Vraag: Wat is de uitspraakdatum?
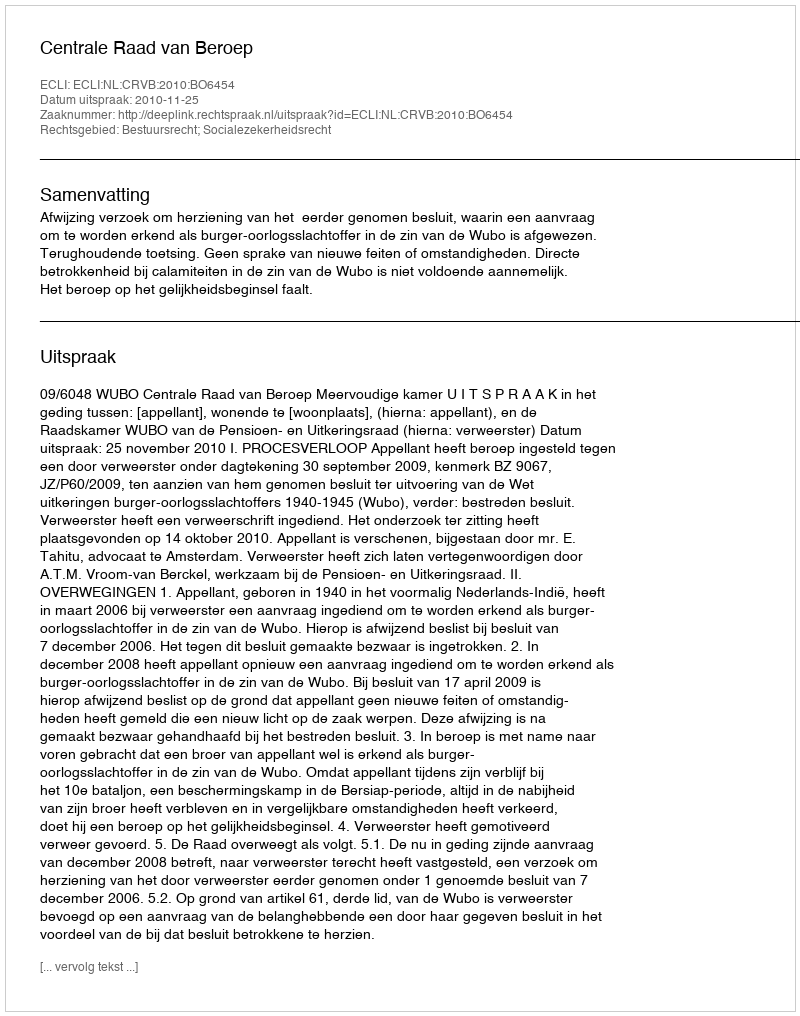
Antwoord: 2010-11-25